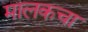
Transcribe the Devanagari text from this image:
मालकचा